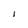
Character: I